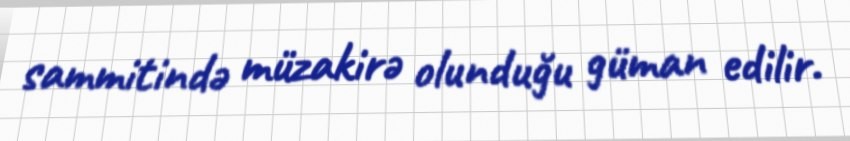
sammitində müzakirə olunduğu güman edilir.